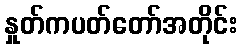
နှုတ်ကပတ်တော်အတိုင်း